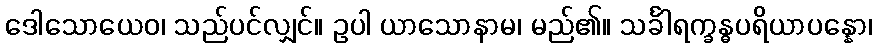
ဒေါသောယေဝ၊ သည်ပင်လျှင်။ ဥပါ ယာသောနာမ၊ မည်၏။ သင်္ခါရက္ခန္ဓပရိယာပန္နော၊